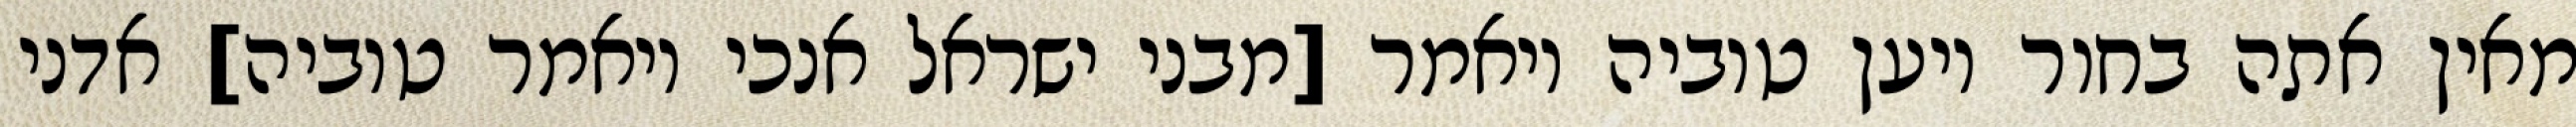
מאין אתה בחור ויען טוביה ויאמר [מבני ישראל אנכי ויאמר טוביה] אדני